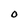
Character: O